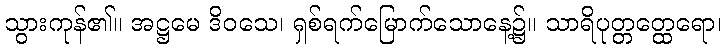
သွားကုန်၏။ အဋ္ဌမေ ဒိဝသေ၊ ရှစ်ရက်မြောက်သောနေ့၌။ သာရိပုတ္တတ္ထေရော၊